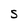
Character: S